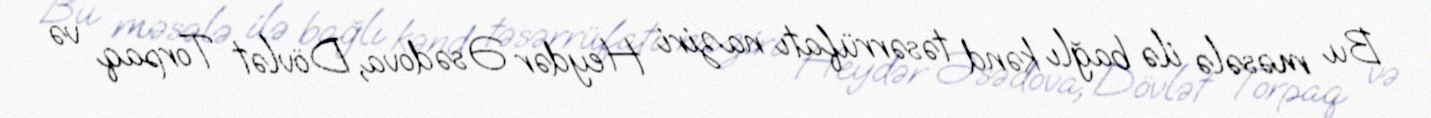
Bu məsələ ilə bağlı kənd təsərrüfatı naziri Heydər Əsədova, Dövlət Torpaq və